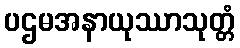
ပဌမအနာယုဿာသုတ္တံ